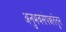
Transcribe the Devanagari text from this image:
अनुभवसंपन्नतेतून